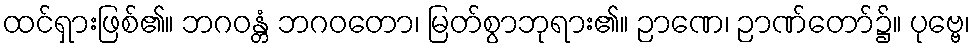
ထင်ရှားဖြစ်၏။ ဘဂဝန္တံ ဘဂဝတော၊ မြတ်စွာဘုရား၏။ ဉာဏေ၊ ဉာဏ်တော်၌။ ပုဗ္ဗေ၊